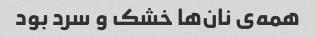
همه‌ی نان‌ها خشک و سرد بود